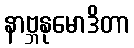
နာဗ္ဘနုမောဒိတာ